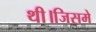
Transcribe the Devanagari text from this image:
थी।जिसमे